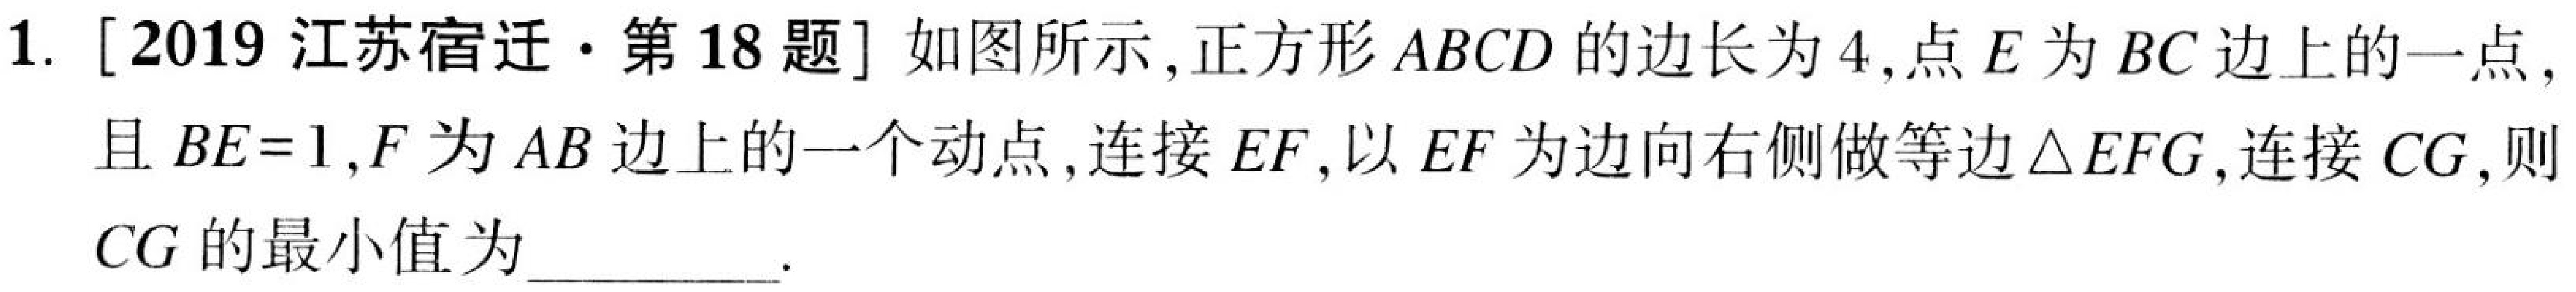
1. [2019江苏宿迁·第18题]如图所示,正方形\(ABCD\)的边长为\(4\),点\(E\)为\(BC\)边上的一点,且\(BE = 1\),\(F\)为\(AB\)边上的一个动点,连接\(EF\),以\(EF\)为边向右侧做等边\(\triangle EFG\),连接\(CG\),则\(CG\)的最小值为  .